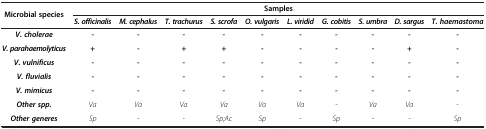
<table><thead><tr><td><b>Microbial species</b></td><td colspan="10"><b>Samples</b></td></tr><tr><td><b> </b></td><td><b><i>S. officinalis</i></b></td><td><b><i>M. cephalus</i></b></td><td><b><i>T. trachurus</i></b></td><td><b><i>S. scrofa</i></b></td><td><b><i>O. vulgaris</i></b></td><td><b><i>L. viridid</i></b></td><td><b><i>G. cobitis</i></b></td><td><b><i>S. umbra</i></b></td><td><b><i>D. sargus</i></b></td><td><b><i>T. haemastoma</i></b></td></tr></thead><tbody><tr><td><b><i>V. cholerae</i></b></td><td><b><i>-</i></b></td><td><b><i>-</i></b></td><td><b><i>-</i></b></td><td><b><i>-</i></b></td><td><b><i>-</i></b></td><td><b><i>-</i></b></td><td><b><i>-</i></b></td><td><b><i>-</i></b></td><td><b><i>-</i></b></td><td><b><i>-</i></b></td></tr><tr><td><b><i>V. parahaemolyticus</i></b></td><td><b><i>+</i></b></td><td><b><i>-</i></b></td><td><b><i>+</i></b></td><td><b><i>+</i></b></td><td><b><i>-</i></b></td><td><b><i>-</i></b></td><td><b><i>-</i></b></td><td><b><i>-</i></b></td><td><b><i>+</i></b></td><td><b><i>-</i></b></td></tr><tr><td><b><i>V. vulnificus</i></b></td><td><b><i>-</i></b></td><td><b><i>-</i></b></td><td><b><i>-</i></b></td><td><b><i>-</i></b></td><td><b><i>-</i></b></td><td><b><i>-</i></b></td><td><b><i>-</i></b></td><td><b><i>-</i></b></td><td><b><i>-</i></b></td><td><b><i>-</i></b></td></tr><tr><td><b><i>V. fluvialis</i></b></td><td><b><i>-</i></b></td><td><b><i>-</i></b></td><td><b><i>-</i></b></td><td><b><i>-</i></b></td><td><b><i>-</i></b></td><td><b><i>-</i></b></td><td><b><i>-</i></b></td><td><b><i>-</i></b></td><td><b><i>-</i></b></td><td><b><i>-</i></b></td></tr><tr><td><b><i>V. mimicus</i></b></td><td><b><i>-</i></b></td><td><b><i>-</i></b></td><td><b><i>-</i></b></td><td><b><i>-</i></b></td><td><b><i>-</i></b></td><td><b><i>-</i></b></td><td><b><i>-</i></b></td><td><b><i>-</i></b></td><td><b><i>-</i></b></td><td><b><i>-</i></b></td></tr><tr><td><b><i>Other spp.</i></b></td><td><i>Va</i></td><td><i>Va</i></td><td><i>Va</i></td><td><i>Va</i></td><td><i>Va</i></td><td><i>Va</i></td><td><i>-</i></td><td><i>Va</i></td><td><i>Va</i></td><td><i>-</i></td></tr><tr><td><b><i>Other generes</i></b></td><td><i>Sp</i></td><td><i>-</i></td><td><i>-</i></td><td><i>Sp;Ac</i></td><td><i>Sp</i></td><td><i>-</i></td><td><i>Sp</i></td><td><i>-</i></td><td><i>-</i></td><td><i>Sp</i></td></tr></tbody></table>